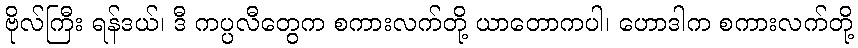
ဗိုလ်ကြီး ရန်ဒယ်၊ ဒီ ကပ္ပလီတွေက စကားလက်တို့ ယာတောကပါ၊ ဟောဒါက စကားလက်တို့